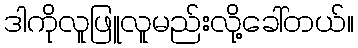
ဒါကိုလူဖြူလူမည်းလို့ခေါ်တယ်။